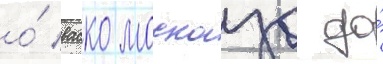
о́ васко москозо до́